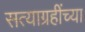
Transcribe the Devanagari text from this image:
सत्याग्रहींच्या